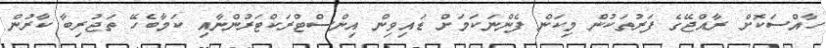
ހާއްސަކޮށް ރާއްޖޭގެ ފަރުތަކުން މިކަން ފެންނަކަމަށް ޑައިވިން އިންސްޓްރަކްޓަރުންނާއި ކަމާބެހޭ ތަޖުރިބާ ކާރުން